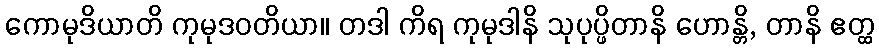
ကောမုဒိယာတိ ကုမုဒဝတိယာ။ တဒါ ကိရ ကုမုဒါနိ သုပုပ္ဖိတာနိ ဟောန္တိ, တာနိ ဧတ္ထ